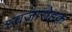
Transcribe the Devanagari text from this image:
ध्वजारोहक